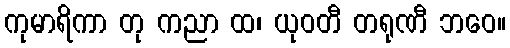
ကုမာရိကာ တု ကညာ ထ၊ ယုဝတီ တရုဏီ ဘဝေ။